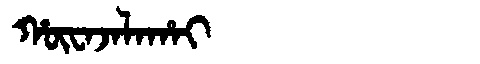
Manchu: ᡥᡡᠸᠠᠵᠠᠯᠠᡥᠠᡳ
Romanization: HŪWAJALAHAI